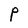
Character: P